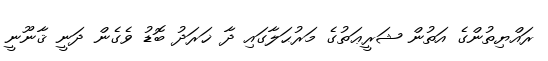
ރައްޔިތުންގެ އަތުން ޝަރީޢަތުގެ މަރުޙަލާގައި ދާ ޚަރަދު ބޮޑު ވެގެން ދަނީ ޤާނޫނީ